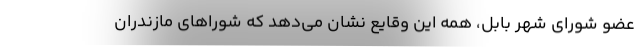
عضو شورای شهر بابل، همه این وقایع نشان می‌دهد که شوراهای مازندران